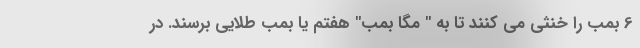
6 بمب را خنثی می کنند تا به " مگا بمب" هفتم یا بمب طلایی برسند. در